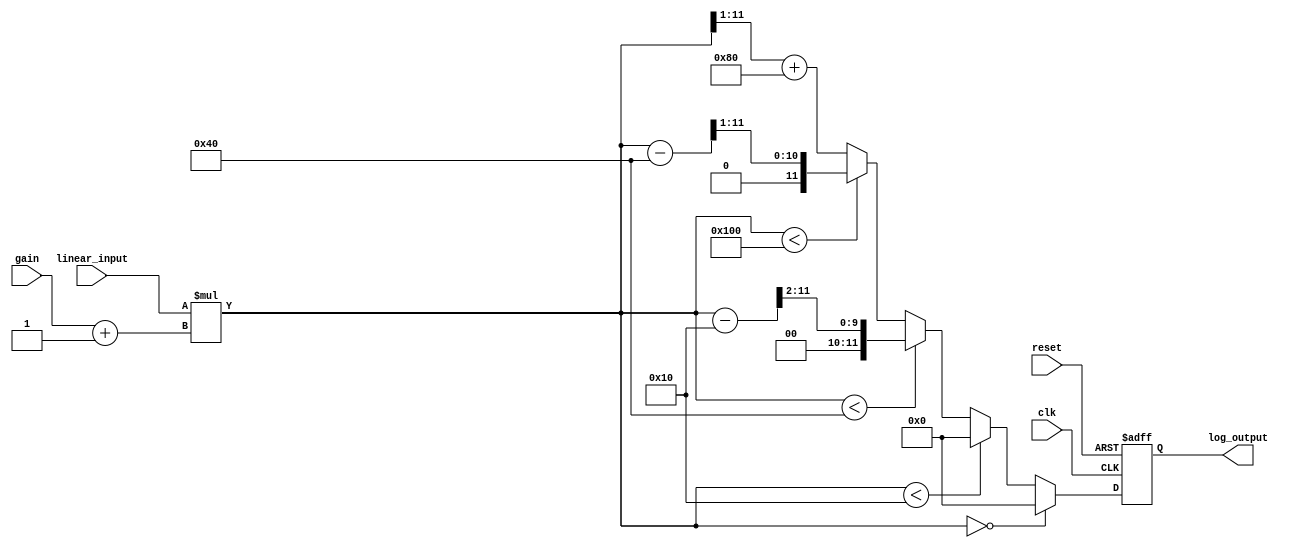
module LogarithmicAmplifier (
    input wire [11:0] linear_input, // 12-bit linear input signal
    input wire clk,                 // Clock signal
    input wire reset,               // Reset signal
    input wire [3:0] gain,          // Gain setting (0-15)
    output reg [11:0] log_output    // 12-bit logarithmic output signal
);

// Internal signals
reg [11:0] scaled_input;
reg [11:0] log_value;

// Logarithmic approximation function
function [11:0] log_approx;
    input [11:0] x;
    begin
        // Simple piecewise linear approximation for log(x)
        if (x == 0) begin
            log_approx = 12'b0; // log(0) is undefined, return 0
        end else if (x < 12'd16) begin
            log_approx = 12'd0; // log values for small inputs
        end else if (x < 12'd64) begin
            log_approx = (x - 12'd16) >> 2; // Example linear approximation
        end else if (x < 12'd256) begin
            log_approx = (x - 12'd64) >> 1; // Another linear approximation
        end else begin
            log_approx = (x >> 1) + 12'd128; // Higher range approximation
        end
    end
endfunction

// Main process
always @(posedge clk or posedge reset) begin
    if (reset) begin
        log_output <= 12'b0;
    end else begin
        // Scale the input based on gain
        scaled_input = linear_input * (gain + 1); // Simple scaling

        // Calculate logarithmic value
        log_value = log_approx(scaled_input);

        // Output the logarithmic value
        log_output <= log_value;
    end
end

endmodule